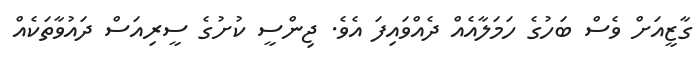
ގާޒީއަށް ވެސް ބަހުގެ ހަމަލާއެއް ދެއްވައިފަ އެވެ. ޖިންސީ ކުށުގެ ސީރިއަސް ދައުވާތަކެއް